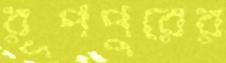
রূপপুরের